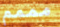
مممم